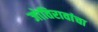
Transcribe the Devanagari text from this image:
जोतिरावांचा